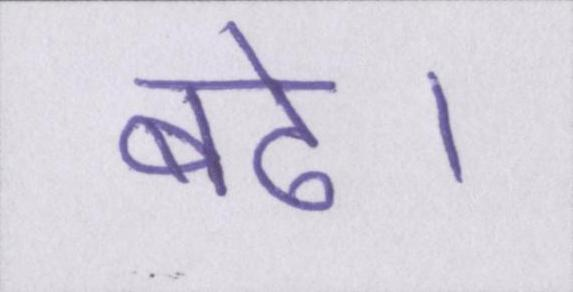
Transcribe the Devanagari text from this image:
बढे।